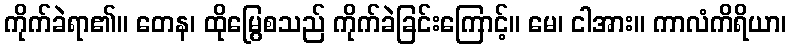
ကိုက်ခဲရာ၏။ တေန၊ ထိုမြွေစသည် ကိုက်ခဲခြင်းကြောင့်။ မေ၊ ငါအား။ ကာလံကိရိယာ၊